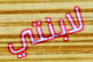
لابنتي